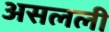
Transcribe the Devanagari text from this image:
असलली